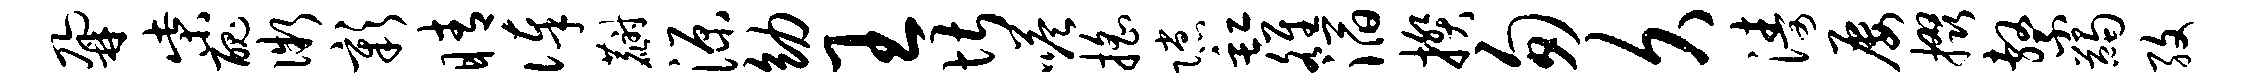
鼐柴丑微彰睛俸麝源幼王堪嗒摇隙缸雒滔揆匆久涛屡掇系蠲孜